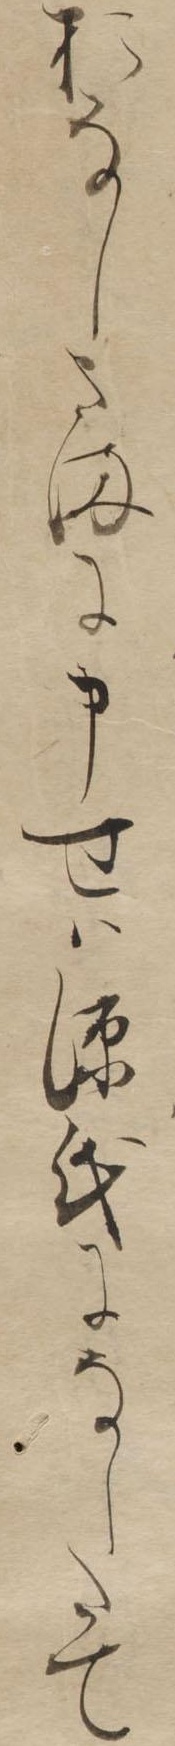
おなしさまに申せは源氏になしたて